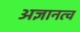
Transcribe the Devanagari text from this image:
अज्ञानत्व